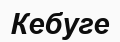
Кебуге